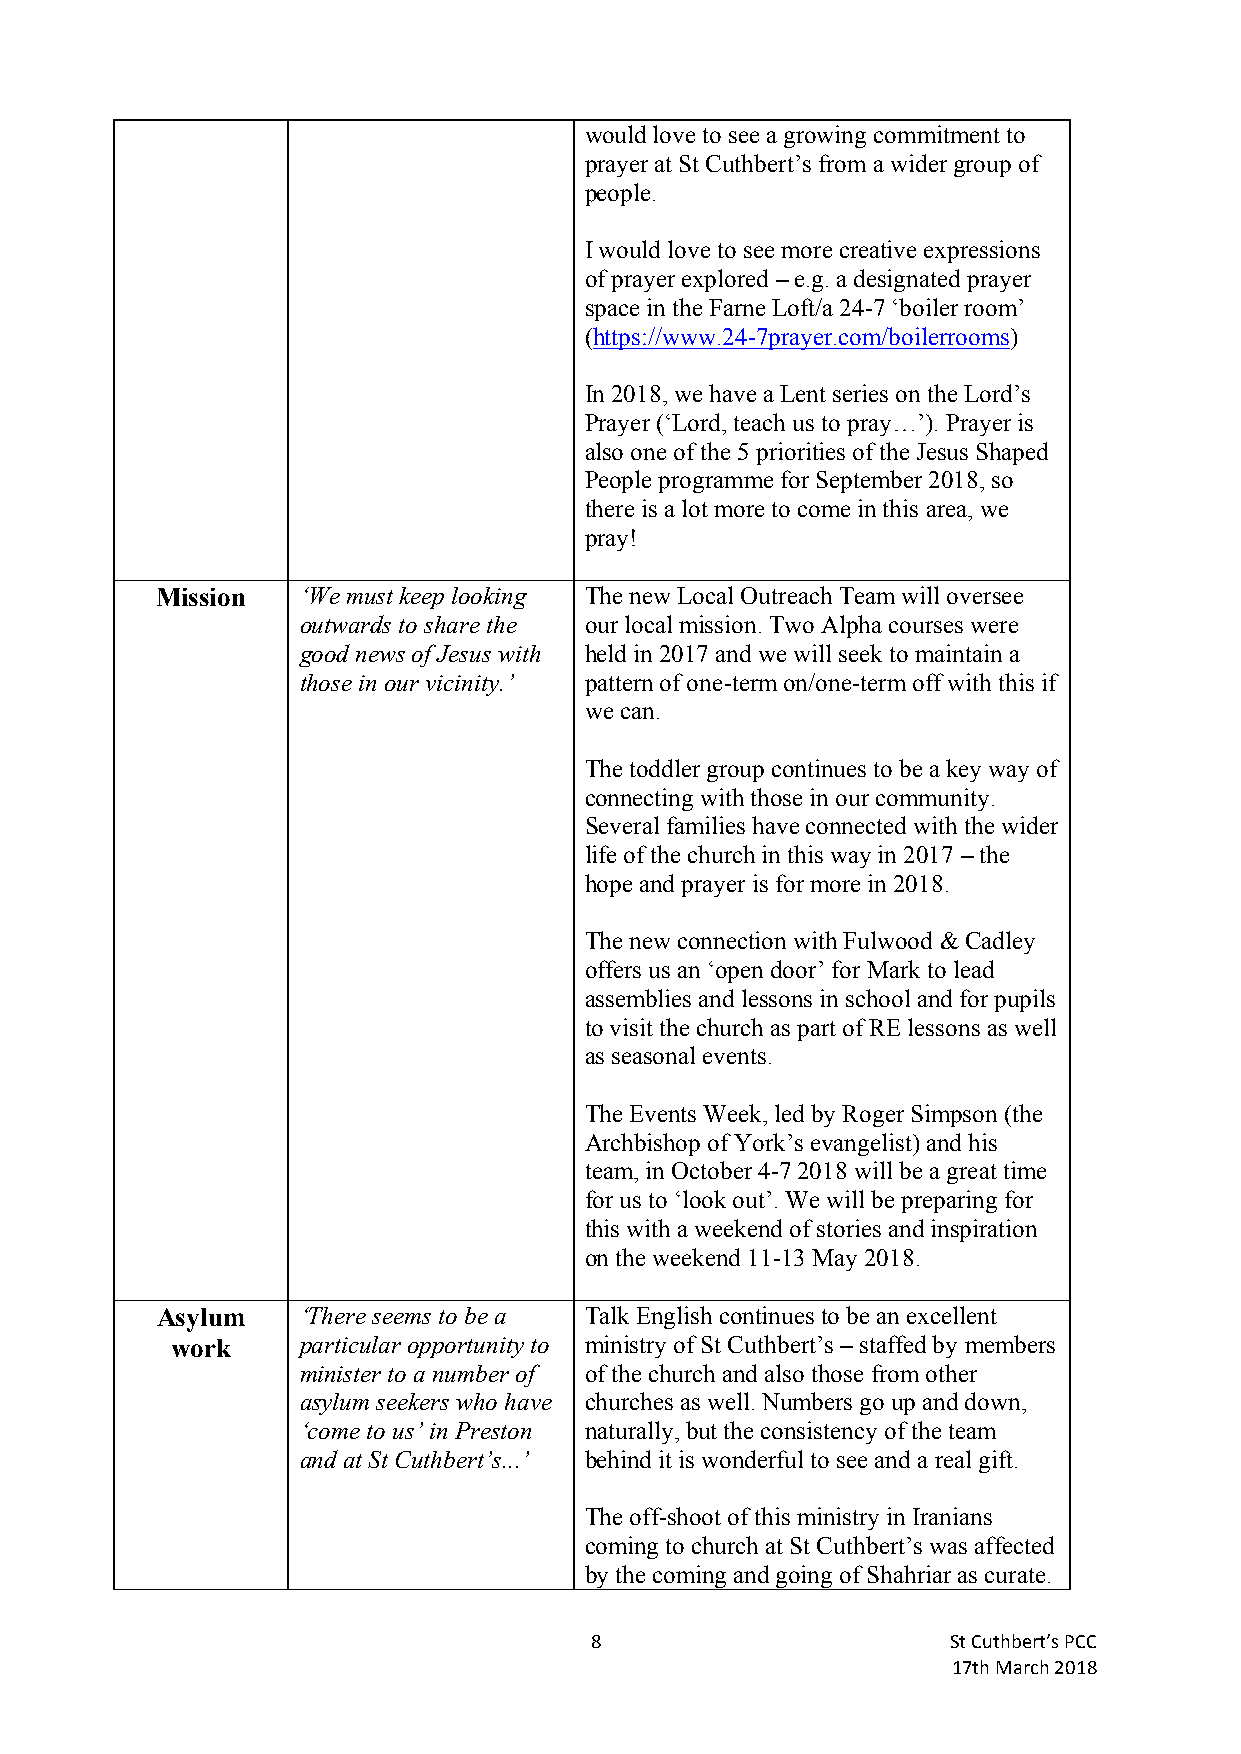
would love to see a growing commitment to
 prayer at St Cuthbert’s from a wider group of
 people.
 I would love to see more creative expressions
 of prayer explored – e.g. a designated prayer
 space in the Farne Loft/a 24-7 ‘boiler room’
 (https://www.24-7prayer.com/boilerrooms)
 In 2018, we have a Lent series on the Lord’s
 Prayer (‘Lord, teach us to pray…’). Prayer is
 also one of the 5 priorities of the Jesus Shaped
 People programme for September 2018, so
 there is a lot more to come in this area, we
 pray!
 Mission   ‘We must keep looking The new Local Outreach Team will oversee
 outwards to share the our local mission. Two Alpha courses were
 good news of Jesus with held in 2017 and we will seek to maintain a
 those in our vicinity.’ pattern of one-term on/one-term off with this if
 we can.
 The toddler group continues to be a key way of
 connecting with those in our community.
 Several families have connected with the wider
 life of the church in this way in 2017 – the
 hope and prayer is for more in 2018.
 The new connection with Fulwood & Cadley
 offers us an ‘open door’ for Mark to lead
 assemblies and lessons in school and for pupils
 to visit the church as part of RE lessons as well
 as seasonal events.
 The Events Week, led by Roger Simpson (the
 Archbishop of York’s evangelist) and his
 team, in October 4-7 2018 will be a great time
 for us to ‘look out’. We will be preparing for
 this with a weekend of stories and inspiration
 on the weekend 11-13 May 2018.
 Asylum    ‘There seems to be a Talk English continues to be an excellent
 work     particular opportunity to ministry of St Cuthbert’s – staffed by members
 minister to a number of of the church and also those from other
 asylum seekers who have churches as well. Numbers go up and down,
 ‘come to us’ in Preston naturally, but the consistency of the team
 and at St Cuthbert’s...’ behind it is wonderful to see and a real gift.
 The off-shoot of this ministry in Iranians
 coming to church at St Cuthbert’s was affected
 by the coming and going of Shahriar as curate.
 8                       St Cuthbert’s PCC
 17th March 2018